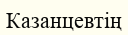
Казанцевтің